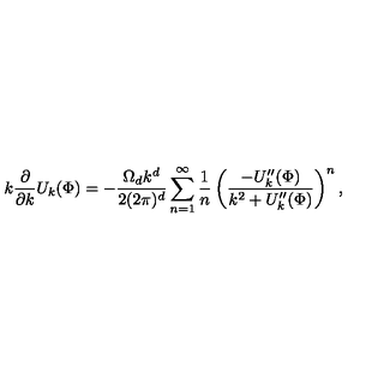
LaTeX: k \frac { \partial } { \partial k } U _ { k } ( \Phi ) = - \frac { \Omega _ { d } k ^ { d } } { 2 ( 2 \pi ) ^ { d } } \sum _ { n = 1 } ^ { \infty } \frac { 1 } { n } \left( \frac { - U _ { k } ^ { \prime \prime } ( \Phi ) } { k ^ { 2 } + U _ { k } ^ { \prime \prime } ( \Phi ) } \right) ^ { n } ,